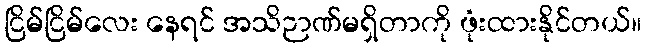
ငြိမ်ငြိမ်လေး နေရင် အသိဉာဏ်မရှိတာကို ဖုံးထားနိုင်တယ်။